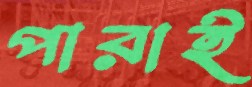
পারাই